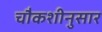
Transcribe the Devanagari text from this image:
चौकशीनुसार